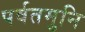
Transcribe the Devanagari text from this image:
पर्वतमुनि